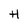
Character: H